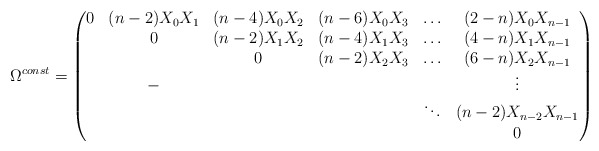
\begin{align*}\Omega^{const}=\begin{pmatrix} 0& (n-2)X_0X_1& (n-4)X_0 X_2&(n-6) X_0X_3 &\hdots &(2-n)X_0X_{n-1}\\&0&(n-2)X_1X_2&(n-4)X_1 X_3 & \hdots &(4-n)X_1X_{n-1}\\&&0&(n-2)X_2X_3&\hdots&(6-n)X_2X_{n-1}\\&-&&&&\vdots\\&&&&\ddots&(n-2)X_{n-2}X_{n-1}\\&&&&&0\end{pmatrix}\end{align*}